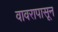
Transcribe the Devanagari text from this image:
वावरापासून